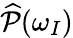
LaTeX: \widehat{\mathcal{P}}(\omega_{I})